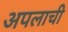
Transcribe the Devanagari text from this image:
अपलाची